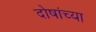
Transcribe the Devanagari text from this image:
दोषांच्या